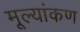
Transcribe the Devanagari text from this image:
मूल्यांकण